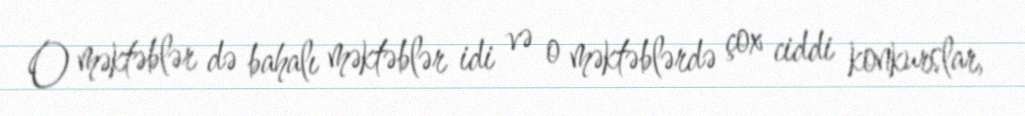
O məktəblər də bahalı məktəblər idi və o məktəblərdə çox ciddi konkurslar,